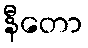
နီတော